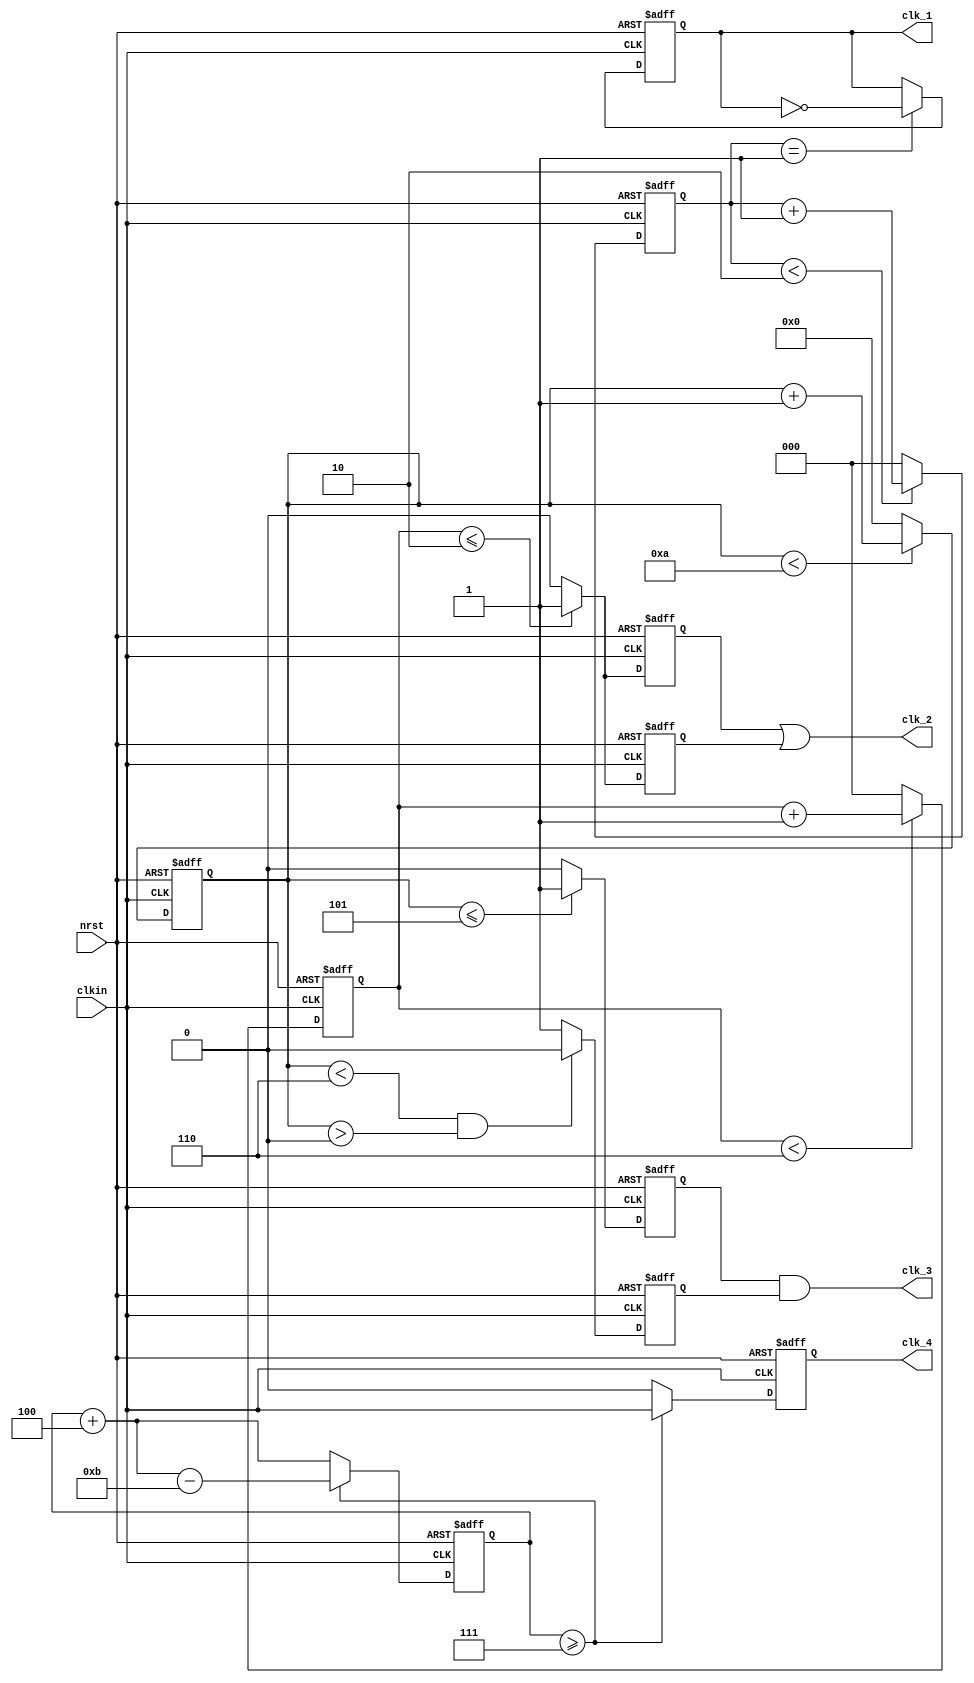
module frequency_dividers(
	input	clkin,
	input	nrst,
	output	reg	clk_1,  //	2n1	times
	output	clk_2,	//	2n2+1	times
	output	clk_3,	//	n3+0.5	times
	output	reg	clk_4	//	m/n	times
);
parameter	n1=3,n2=3,n3=5,m=11,n=4;

reg[2:0]	counter1;
always@(posedge	clkin or negedge nrst)begin
	if(!nrst)
		counter1	<=	3'd0;
	else	if(counter1	<	n1-1)
		counter1	<=	counter1	+	1'b1;
	else
		counter1	<=	3'd0;
end
always@(posedge	clkin or negedge nrst)begin
	if(!nrst)
		clk_1	<=	1'd0;
	else	if(counter1	==	3'd1)
		clk_1	<=	!clk_1;
	else
		clk_1	<=	clk_1;
end
////////////////////////////////////////////////
reg	[2:0]	counter2;
always@(posedge	clkin or negedge nrst)begin
	if(!nrst)
		counter2	<=	3'd0;
	else	if(counter2	<	(2*n2))
		counter2	<=	counter2	+	1'b1;
	else
		counter2	<=	3'd0;
end
reg	clk2_pos,clk2_neg;
always@(posedge	clkin or negedge nrst)begin
	if(!nrst)
		clk2_pos	<=	1'd0;
	else	if(counter2	<=	n2-1)
		clk2_pos	<=	1'b1;
	else
		clk2_pos	<=	1'b0;
end
always@(negedge	clkin or negedge nrst)begin
	if(!nrst)
		clk2_neg	<=	1'd0;
	else	if(counter2	<=	n2-1)
		clk2_neg	<=	1'b1;
	else
		clk2_neg	<=	1'b0;
end
assign	clk_2	=	(clk2_pos	|	clk2_neg);
/////////////////////////////////////////////////
reg	[3:0]	counter3;
always@(posedge clkin or negedge nrst)begin
	if(!nrst)
		counter3	<=	3'd0;
	else	if(counter3	<	(2*n3))
		counter3	<=	counter3	+	1'b1;
	else
		counter3	<=	3'd0;
end
reg	clk3_pos,clk3_neg;	
always@(posedge	clkin or negedge nrst)begin
	if(!nrst)
		clk3_pos	<=	1'd0;
	else	if(counter3	<=	n3)
		clk3_pos	<=	1'b1;
	else
		clk3_pos	<=	1'b0;
end
always@(negedge	clkin or negedge nrst)begin
	if(!nrst)
		clk3_neg	<=	1'd0;
	else	if((counter3	<	n3+1)	&&	(counter3	>	0))
		clk3_neg	<=	1'b0;
	else
		clk3_neg	<=	1'b1;
end
assign	clk_3	=	(clk3_pos	&	clk3_neg);
////////////////////////////////////////////////////
reg	[3:0]	counter4;
always@(posedge	clkin or negedge nrst)begin
	if(!nrst)
		counter4	<=	4'd0;
	else	if(counter4	>=	m-n)
		counter4	<=	counter4	+	n - m;
	else
		counter4	<=	counter4	+	n;
end
always@(posedge	clkin or negedge nrst)begin
	if(!nrst)
		clk_4	<=	1'b0;
	else	if(counter4	>=	m-n)
		clk_4	<=	clkin;
	else
		clk_4	<=	1'b0;
end
endmodule